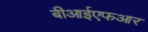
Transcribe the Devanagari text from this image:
बीआईएफआर